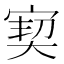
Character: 㝣